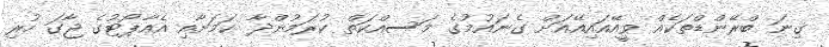
ގިނަ ބްރޭންޑްތަކެއް ވީއޭއައިއޭއަށް ގެނައުމުގެ މަސއްކަތް ކުރަމުންދާ ކަމަށާއި އެއާޕޯޓުގެ ޖާގަ ހުރި